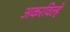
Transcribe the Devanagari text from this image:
अकरविल्हे